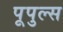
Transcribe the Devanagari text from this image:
पूपुल्स